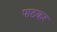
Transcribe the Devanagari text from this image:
पाठकर